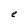
Character: e